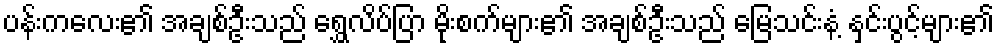
ပန်းကလေး၏ အချစ်ဦးသည် ရွှေလိပ်ပြာ မိုးစက်များ၏ အချစ်ဦးသည် မြေသင်းနံ့ နှင်းပွင့်များ၏